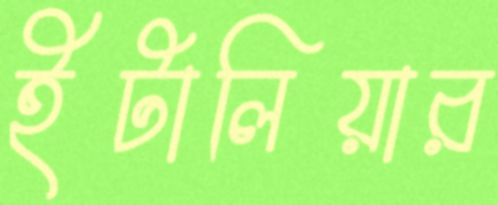
ইটালিয়ার